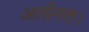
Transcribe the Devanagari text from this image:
आर्सनल।